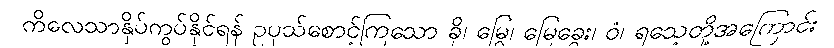
ကိလေသာနှိပ်ကွပ်နိုင်ရန် ဥပုသ်စောင့်ကြသော ခို၊ မြွေ၊ မြေခွေး၊ ဝံ၊ ရသေ့တို့အကြောင်း